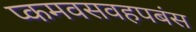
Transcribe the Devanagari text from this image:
प्कमवसवहपबंस